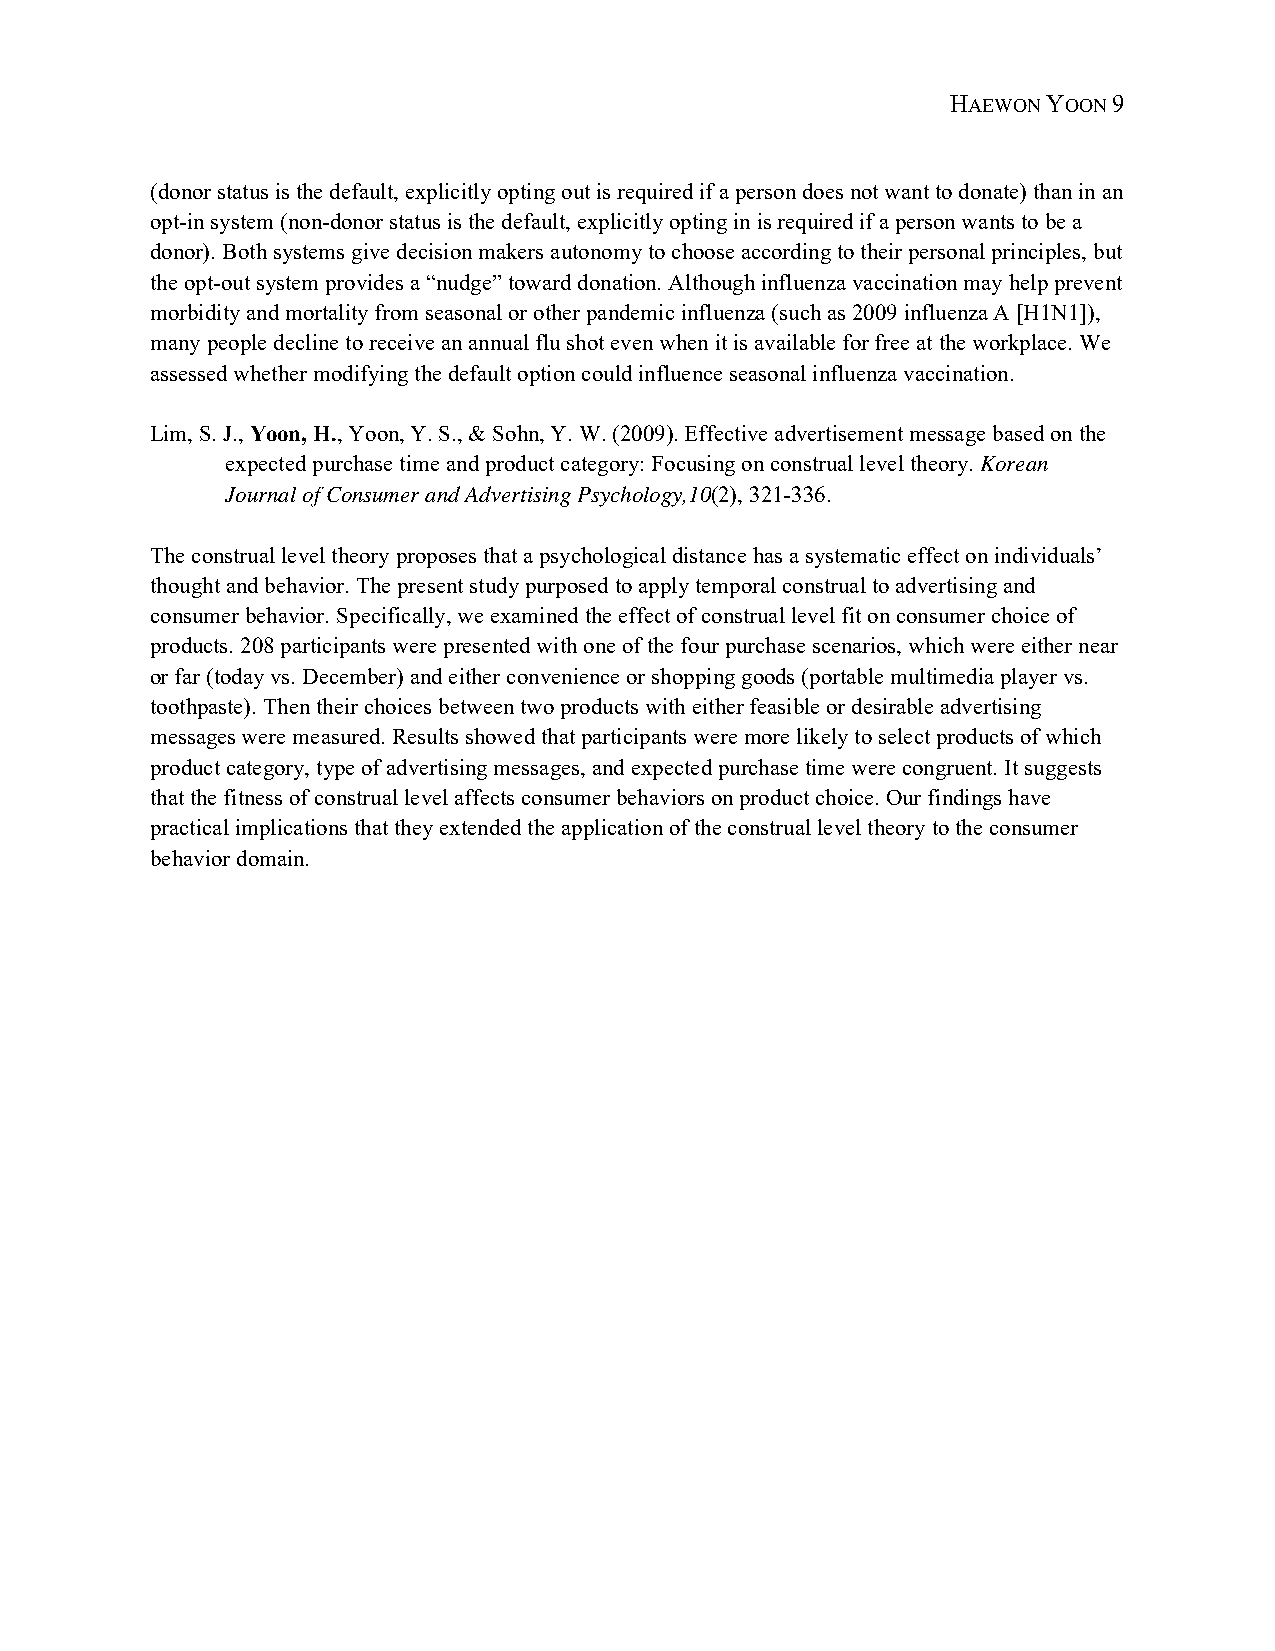
HAEWON YOON 9
 (donor status is the default, explicitly opting out is required if a person does not want to donate) than in an
 opt-in system (non-donor status is the default, explicitly opting in is required if a person wants to be a
 donor). Both systems give decision makers autonomy to choose according to their personal principles, but
 the opt-out system provides a “nudge” toward donation. Although influenza vaccination may help prevent
 morbidity and mortality from seasonal or other pandemic influenza (such as 2009 influenza A [H1N1]),
 many people decline to receive an annual flu shot even when it is available for free at the workplace. We
 assessed whether modifying the default option could influence seasonal influenza vaccination.
 Lim, S. J., Yoon, H., Yoon, Y. S., & Sohn, Y. W. (2009). Effective advertisement message based on the
 expected purchase time and product category: Focusing on construal level theory. Korean
 Journal of Consumer and Advertising Psychology,10(2), 321-336.
 The construal level theory proposes that a psychological distance has a systematic effect on individuals’
 thought and behavior. The present study purposed to apply temporal construal to advertising and
 consumer behavior. Specifically, we examined the effect of construal level fit on consumer choice of
 products. 208 participants were presented with one of the four purchase scenarios, which were either near
 or far (today vs. December) and either convenience or shopping goods (portable multimedia player vs.
 toothpaste). Then their choices between two products with either feasible or desirable advertising
 messages were measured. Results showed that participants were more likely to select products of which
 product category, type of advertising messages, and expected purchase time were congruent. It suggests
 that the fitness of construal level affects consumer behaviors on product choice. Our findings have
 practical implications that they extended the application of the construal level theory to the consumer
 behavior domain.